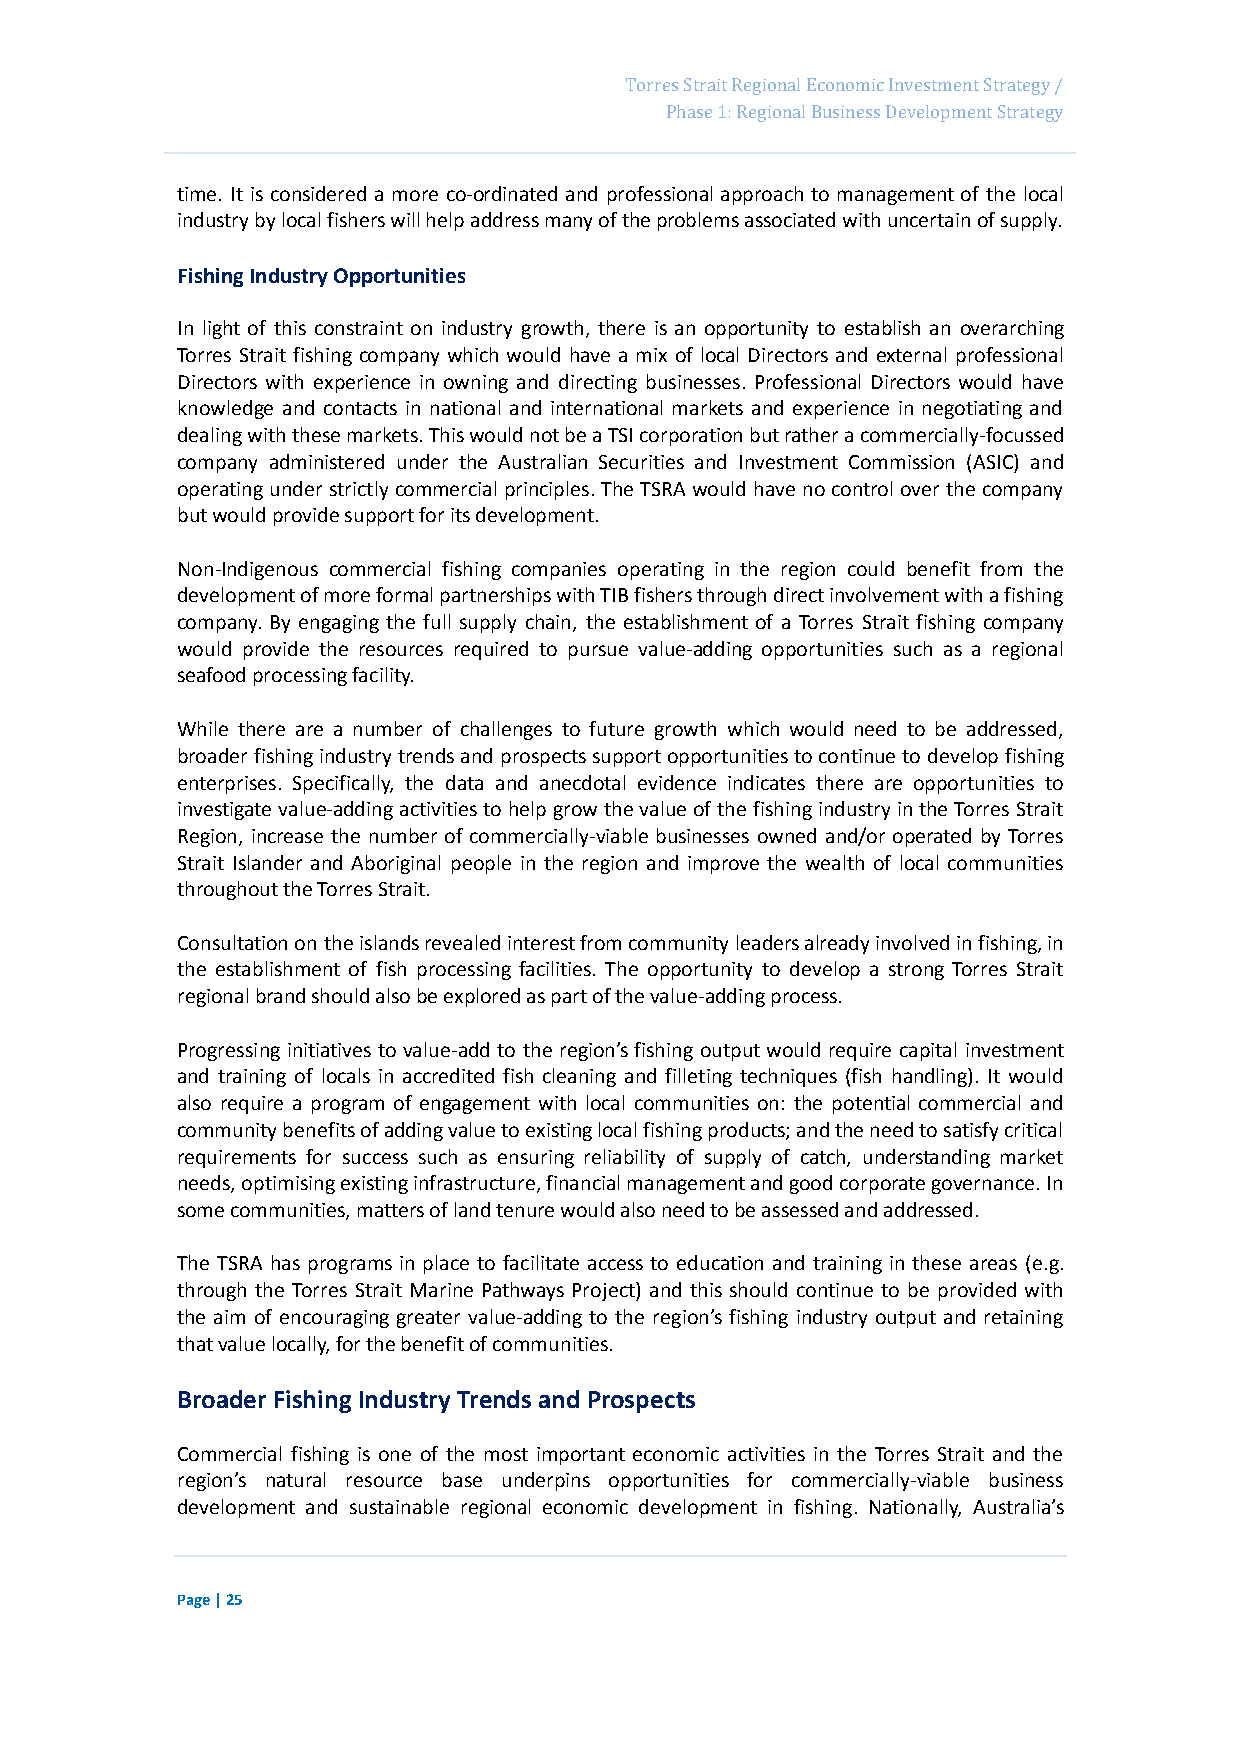
Page 41
 Torres Strait Regional Economic Investment Strategy /
 Phase 1: Regional Business Development Strategy
 time. It is considered a more co-ordinated and professional approach to management of the local
 industry by local fishers will help address many of the problems associated with uncertain of supply.
 Fishing Industry Opportunities
 In light of this constraint on industry growth, there is an opportunity to establish an overarching
 Torres Strait fishing company which would have a mix of local Directors and external professional
 Directors with experience in owning and directing businesses. Professional Directors would have
 knowledge and contacts in national and international markets and experience in negotiating and
 dealing with these markets. This would not be a TSI corporation but rather a commercially-focussed
 company administered under the Australian Securities and Investment Commission (ASIC) and
 operating under strictly commercial principles. The TSRA would have no control over the company
 but would provide support for its development.
 Non-Indigenous commercial fishing companies operating in the region could benefit from the
 development of more formal partnerships with TIB fishers through direct involvement with a fishing
 company. By engaging the full supply chain, the establishment of a Torres Strait fishing company
 would provide the resources required to pursue value-adding opportunities such as a regional
 seafood processing facility.
 While there are a number of challenges to future growth which would need to be addressed,
 broader fishing industry trends and prospects support opportunities to continue to develop fishing
 enterprises. Specifically, the data and anecdotal evidence indicates there are opportunities to
 investigate value-adding activities to help grow the value of the fishing industry in the Torres Strait
 Region, increase the number of commercially-viable businesses owned and/or operated by Torres
 Strait Islander and Aboriginal people in the region and improve the wealth of local communities
 throughout the Torres Strait.
 Consultation on the islands revealed interest from community leaders already involved in fishing, in
 the establishment of fish processing facilities. The opportunity to develop a strong Torres Strait
 regional brand should also be explored as part of the value-adding process.
 Progressing initiatives to value-add to the region’s fishing output would require capital investment
 and training of locals in accredited fish cleaning and filleting techniques (fish handling). It would
 also require a program of engagement with local communities on: the potential commercial and
 community benefits of adding value to existing local fishing products; and the need to satisfy critical
 requirements for success such as ensuring reliability of supply of catch, understanding market
 needs, optimising existing infrastructure, financial management and good corporate governance. In
 some communities, matters of land tenure would also need to be assessed and addressed.
 The TSRA has programs in place to facilitate access to education and training in these areas (e.g.
 through the Torres Strait Marine Pathways Project) and this should continue to be provided with
 the aim of encouraging greater value-adding to the region’s fishing industry output and retaining
 that value locally, for the benefit of communities.
 Broader Fishing Industry Trends and Prospects
 Commercial fishing is one of the most important economic activities in the Torres Strait and the
 region’s natural resource base underpins opportunities for commercially-viable business
 development and sustainable regional economic development in fishing. Nationally, Australia’s
 Page | 25